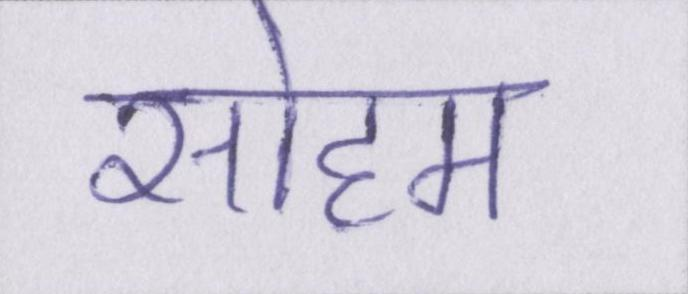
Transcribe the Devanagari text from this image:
सोहम